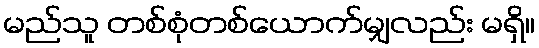
မည်သူ တစ်စုံတစ်ယောက်မျှလည်း မရှိ။